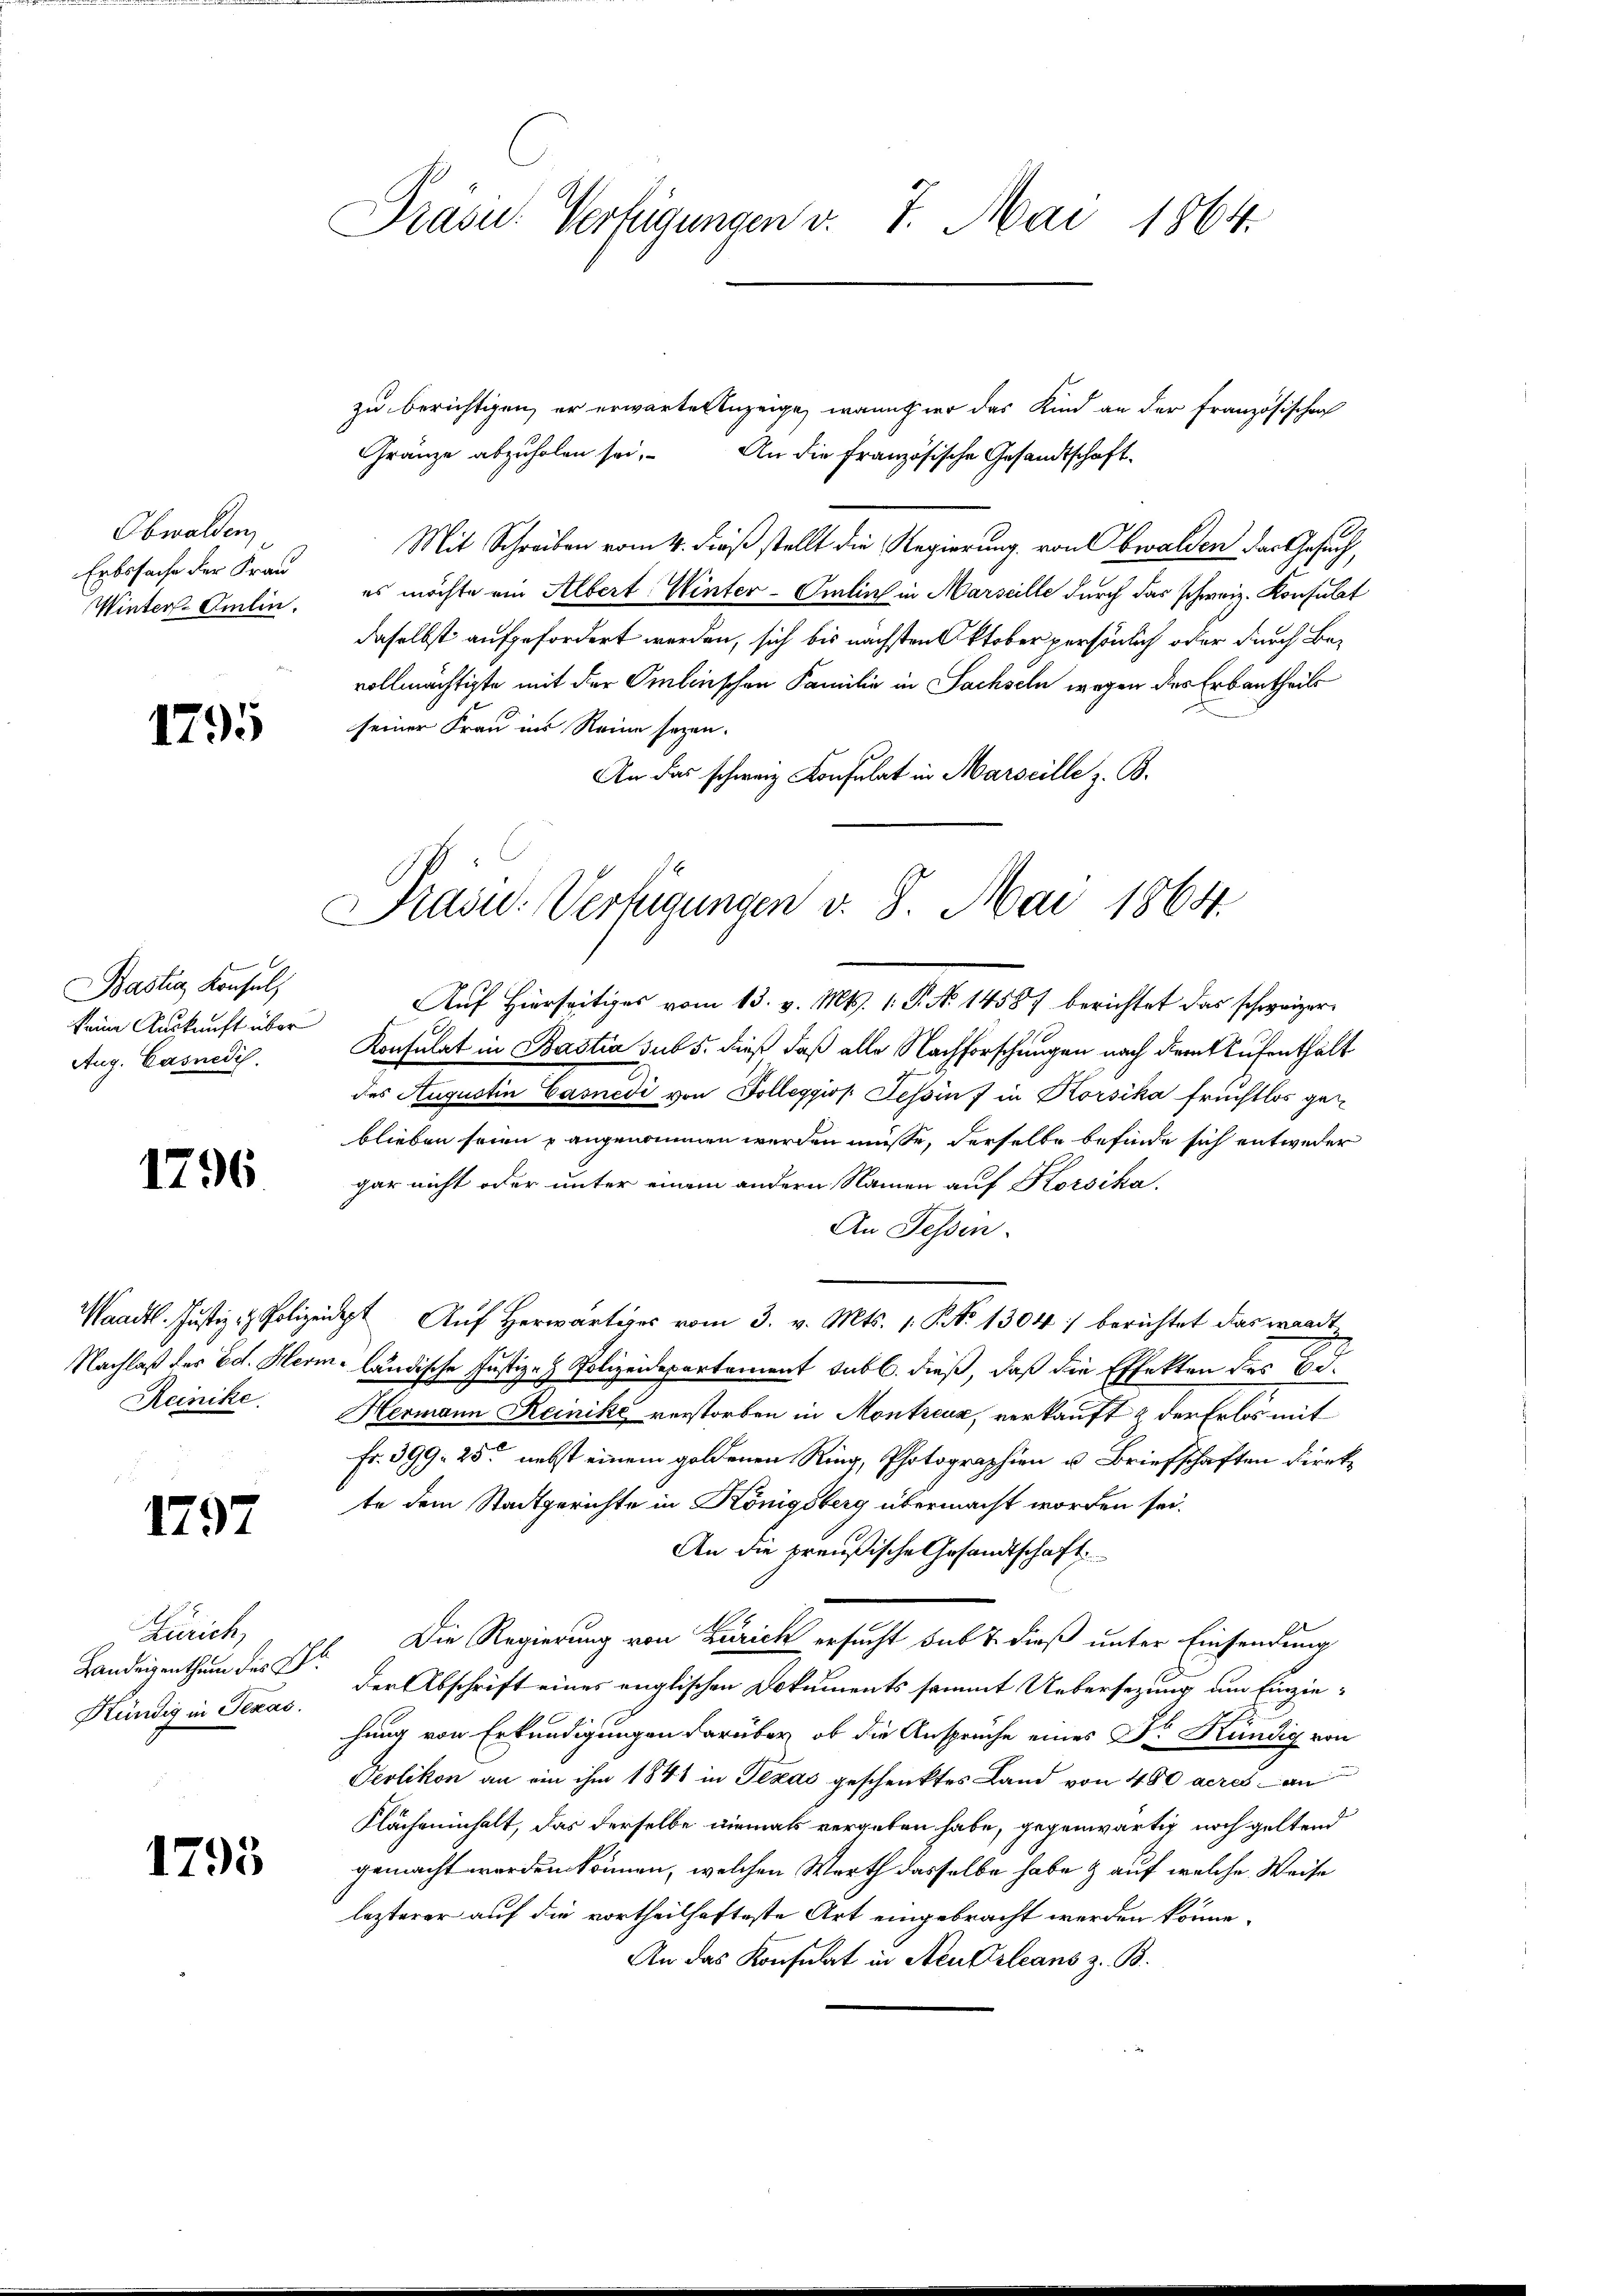
Obwalden,
Erbssache der Frau
Winter-Omlin.

1795

BBastia, Konsul,
keine Auskunft über
Aug. Casnedis.

1796

1797

Zürich,
Handeigenthum des P
Kündig in Texas.

1795

Präsid.. Verfügungen v. 7. Mai 1864.

zu berichtigen, er erwarten Anzeige, wann er das Kind an der Französischen
Gränze abzuholen sei,
An die französische Gesandtschaft¬
Mit Schreiben vom 4. dieß stellt die Regierung von bwalden das Gesuch,
es möchte ein Albert Winter-Omlins in Marseille durch das schweiz. Konsulat
daselbst aufgefordert werden, sich bis nächsten Oktober persönlich oder durch Bevollmächtigte mit der Omlinschen Familie in Sachseln wegen des Erbantheils
seiner Frau ins Reine sezen.
An das schweiz. Konsulat in Marseille z. B.

Präsid.. Verfügungen v. 8. Mai 1864.
Auf Hierseitiges vom 13. v. Mts. 1. P. No 14587 berichtet das schweizer

Konsulat in Bastia sub 5. dieß daß alle Nachforschungen nach dem Aufenthält
des Augustin Casnedi von Dolleggio Tessin 7 in Korsika fruchtlos ge
blieben seien u angenommen werden müsse, derselbe befinde sich entweder
gar nicht oder unter einem andern Namen auf Korsika
An Tessin.
Waadt. Jŭstiz & Polizeipt Aŭf herwärtiges vom 3. v. Mts. 1. Nr. 1304) berichtet das waadt
Nachlaß der Ed. Herm. ländische Justiz- & Polizeidepartement subl. dieß, daß die Effekten des Bd.
Reinike. Hermann Reinike verstorben in Montreux, verkauft & der Erlos mit
fr. 399. 25t nebst einem goldenen Ring, Photographien u. Briefschaften Direkte dem Stadtgerichte in Königsberg übermacht worden sei.
An die preußische Gesandtschaft
Die Regierung von Zürich ersucht sub 7. dieß unter Einsendung
der Abschrift eines englischen Dokuments sammt Uebersezung am Einziehung von Erkundigungen darüber, ob die Ansprüche eines Dr. Kündig von
Perlikon an ein ihm 1841 in Texas geschenktes Land von 480 deres an
Flächeninhalt, das derselbe niemals vergeben habe, gegenwärtig noch geltend
gemacht worden können, welchen Werth dasselbe habe & auf welche Weise
lezterer auf die vortheilhafteste Art eingebracht werden könne.
An das Konsulat in Neukrleans z. B.